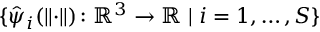
\{ \hat { \psi } _ { i } ( \lVert \cdot \rVert ) \colon { \mathbb { R } } ^ { 3 } \rightarrow { \mathbb { R } } \mid i = 1 , \dots , S \}